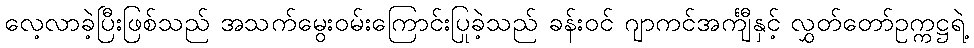
လေ့လာခဲ့ပြီးဖြစ်သည် အသက်မွေးဝမ်းကြောင်းပြုခဲ့သည် ခန်းဝင် ဂျာကင်အင်္ကျီနှင့် လွှတ်တော်ဥက္ကဋ္ဌရဲ့